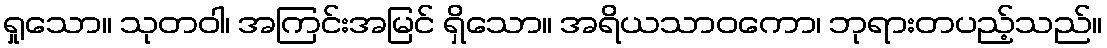
ရှုသော။ သုတဝါ၊ အကြင်းအမြင် ရှိသော။ အရိယသာဝကော၊ ဘုရားတပည့်သည်။